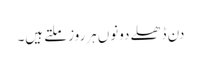
دن ڈھلے دونوں ہرروز ملتے ہیں۔